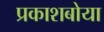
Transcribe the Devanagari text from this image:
प्रकाशबोया